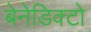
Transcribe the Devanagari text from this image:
बेनेडिक्टो